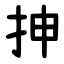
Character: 抻